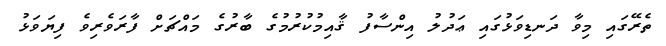
ތެރޭގައި މިވާ ދަނޑިވަޅުގައި ޢަދުލު އިންސާފު ޤާއިމުކުރުމުގެ ބާރުގެ މައްޗަށް ފާރަވެރިވެ ފިޔަވަޅު